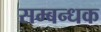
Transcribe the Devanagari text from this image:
सम्बन्धक